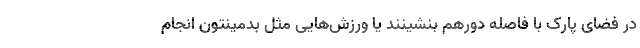
در فضای پارک با فاصله دورهم بنشینند یا ورزش‌هایی مثل بدمینتون انجام